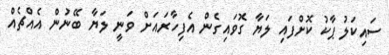
ސައިކަލު ޕާކު ކޮށްފައި ލަޔާ ގޮވައިގެން އެފިހާރައަށް ވަނީ ލަޔާ ބޭނުން އެއްޗެއް